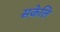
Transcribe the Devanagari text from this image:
सकेलि